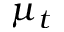
\mu _ { t }